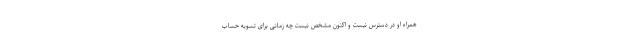
همراه او در دسترس نیست و اکنون مشخص نیست چه زمانی برای تسویه حساب